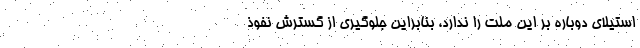
استیلای دوباره بر این ملت را ندارد، بنابراین جلوگیری از گسترش نفوذ